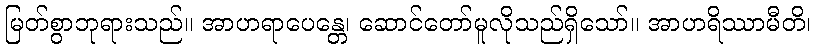
မြတ်စွာဘုရားသည်။ အာဟရာပေန္တေ၊ ဆောင်တော်မူလိုသည်ရှိသော်။ အာဟရိဿာမီတိ၊